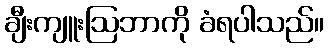
ချီးကျူးဩဘာကို ခံရပါသည်။